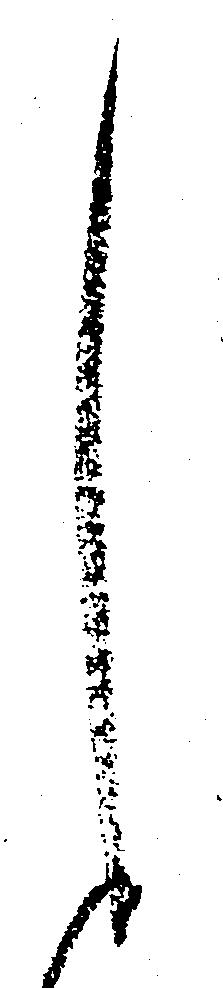
し